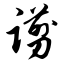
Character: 谫